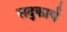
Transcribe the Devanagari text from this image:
सद्कार्य